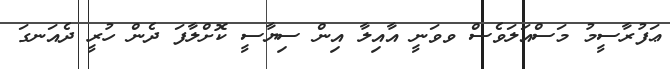
ޢަފުރާސީމު މަސްއަލަވެސް ވވަނީ އާއިލާ އިން ސިޔާސީ ކޮށްލާފަ ދެން ހުރީ ދެއަނގަ